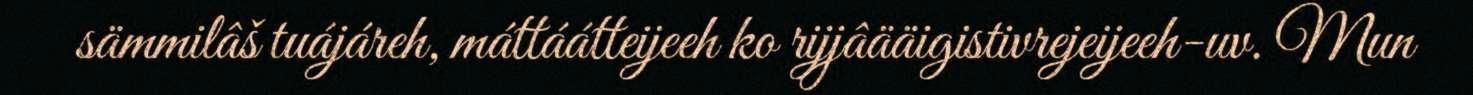
sämmilâš tuájáreh, máttáátteijeeh ko rijjâääigistivrejeijeeh-uv. Mun